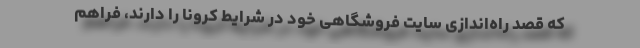
که قصد راه‌اندازی سایت فروشگاهی خود در شرایط کرونا را دارند، فراهم